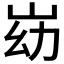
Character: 𰎓